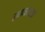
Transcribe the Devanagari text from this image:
राजदरबाराचे